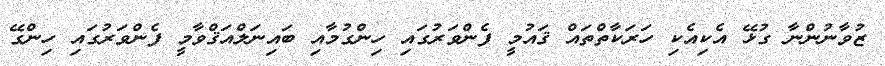
ޒުވާނުންނާ ގުޅޭ އެކިއެކި ހަރަކާތްތައް ޤައުމީ ފެންވަރުގައި ހިންގުމާއި ބައިނަލްއަޤްވާމީ ފެންވަރުގައި ހިންގޭ